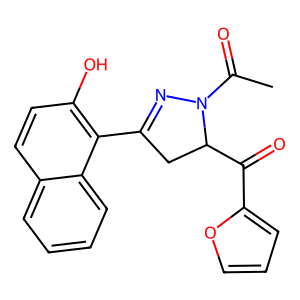
SMILES: CC(=O)N1N=C(c2c(O)ccc3ccccc23)CC1C(=O)c1ccco1
Inhibits HIV replication: No